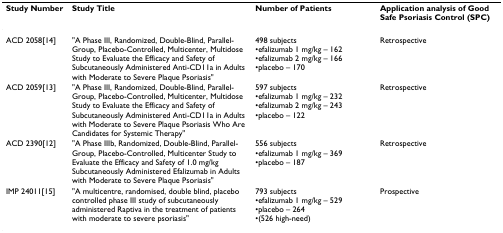
| Study Number | Study Title | Number of Patients | Application analysis of Good Safe Psoriasis Control (SPC) |
 | --- | --- | --- | --- |
 | ACD 2058[14] | "A Phase III, Randomized, Double-Blind, Parallel-Group, Placebo-Controlled, Multicenter, Multidose Study to Evaluate the Efficacy and Safety of Subcutaneously Administered Anti-CD11a in Adults with Moderate to Severe Plaque Psoriasis" | 498 subjects•efalizumab 1 mg/kg – 162•efalizumab 2 mg/kg – 166•placebo – 170 | Retrospective |
 | ACD 2059[13] | "A Phase III, Randomized, Double-Blind, Parallel-Group, Placebo-Controlled, Multicenter, Multidose Study to Evaluate the Efficacy and Safety of Subcutaneously Administered Anti-CD11a in Adults with Moderate to Severe Plaque Psoriasis Who Are Candidates for Systemic Therapy" | 597 subjects•efalizumab 1 mg/kg – 232•efalizumab 2 mg/kg – 243•placebo – 122 | Retrospective |
 | ACD 2390[12] | "A Phase IIIb, Randomized, Double-Blind, Parallel-Group, Placebo-Controlled, Multicenter Study to Evaluate the Efficacy and Safety of 1.0 mg/kg Subcutaneously Administered Efalizumab in Adults with Moderate to Severe Plaque Psoriasis" | 556 subjects•efalizumab 1 mg/kg – 369•placebo – 187 | Retrospective |
 | IMP 24011[15] | "A multicentre, randomised, double blind, placebo controlled phase III study of subcutaneously administered Raptiva in the treatment of patients with moderate to severe psoriasis" | 793 subjects•efalizumab 1 mg/kg – 529•placebo – 264•(526 high-need) | Prospective |